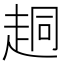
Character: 𫎴